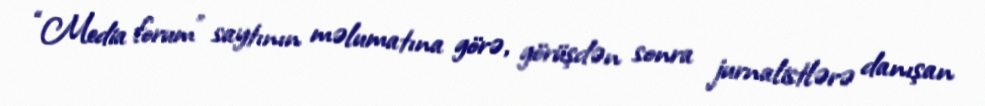
“Media forum” saytının məlumatına görə, görüşdən sonra jurnalistlərə danışan